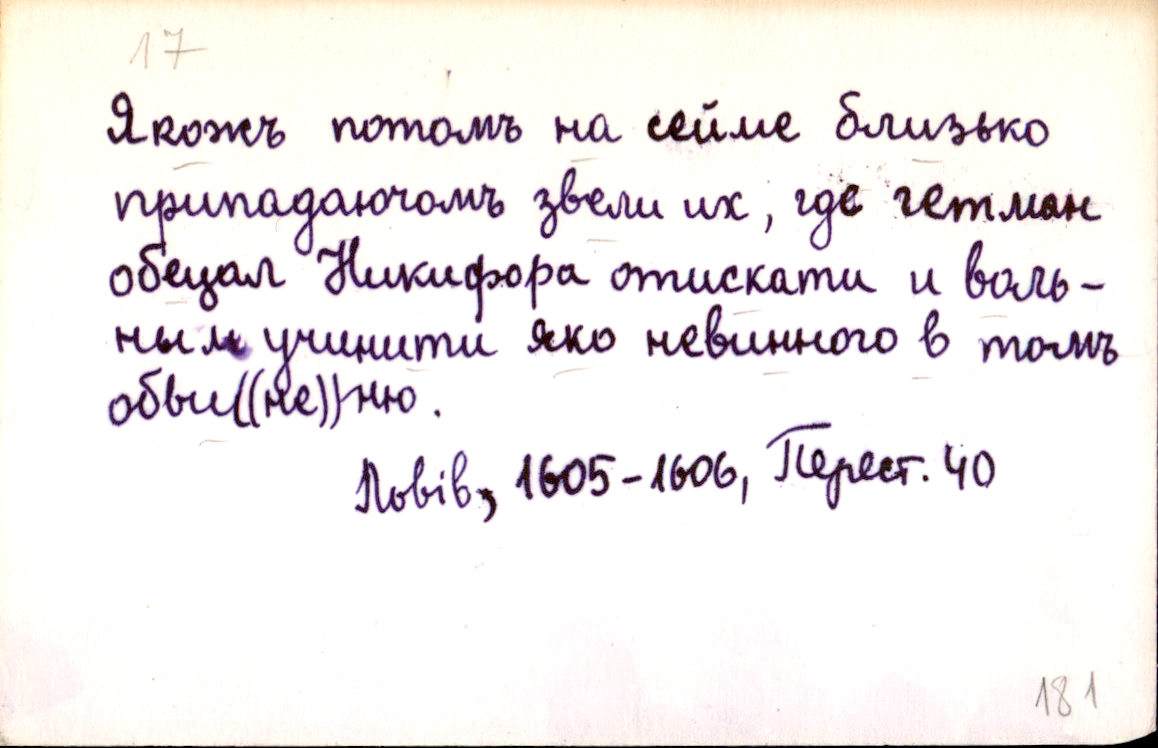
Якожъ потомъ на сейме близько
припадаючомъ звели их, где гетман
обецал Никифора отискати и воль-
ным учинити яко невинного в томъ
обви((не))ню.
Львів, 1605-1606, Перест. 40